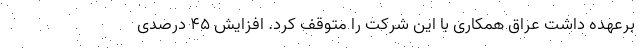
برعهده داشت عراق همکاری با این شرکت را متوقف کرد. افزایش ۴۵ درصدی